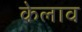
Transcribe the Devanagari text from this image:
केलाव